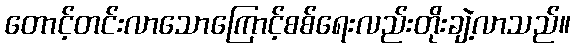
တောင့်တင်းလာသောကြောင့်စစ်ရေးလည်းတိုးချဲ့လာသည်။